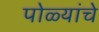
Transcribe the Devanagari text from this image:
पोळ्यांचे